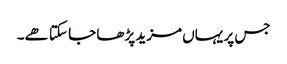
جس پر یہاں مزید پڑھا جا سکتا ھے۔